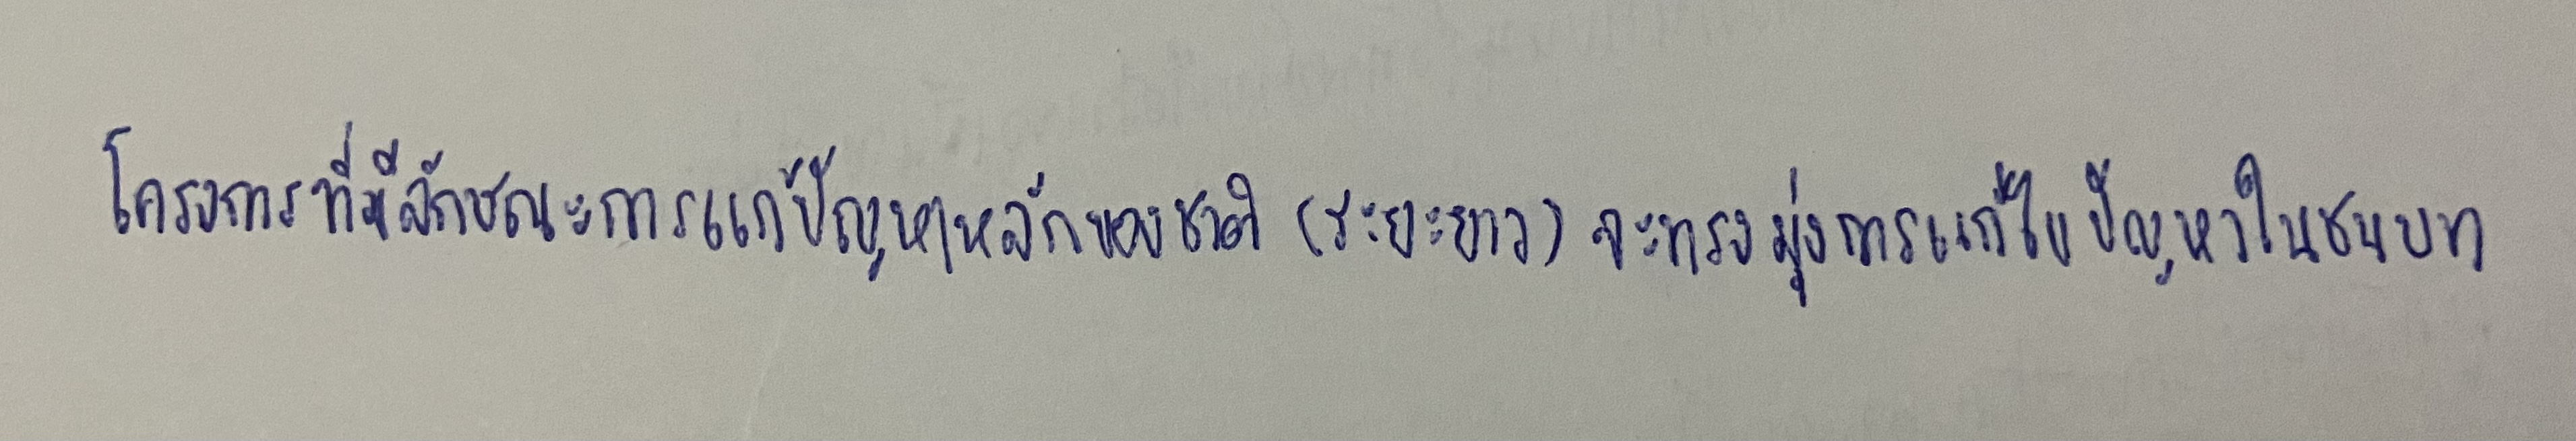
โครงการที่มีลักษณะการแก้ปัญหาหลักของชาติ(ระยะยาว)จะทรงมุ่งการแก้ไขปัญหาในชนบท